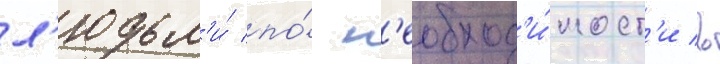
л'юдьм'и́ по́ н'еобход'и́мост'и в